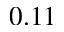
0 . 1 1